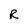
Character: R